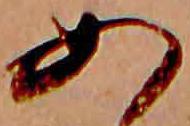
あ